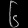
Digit: ၆